Vaccination in the Punjab 1883-1896 - 1883-1896
Year: 1883
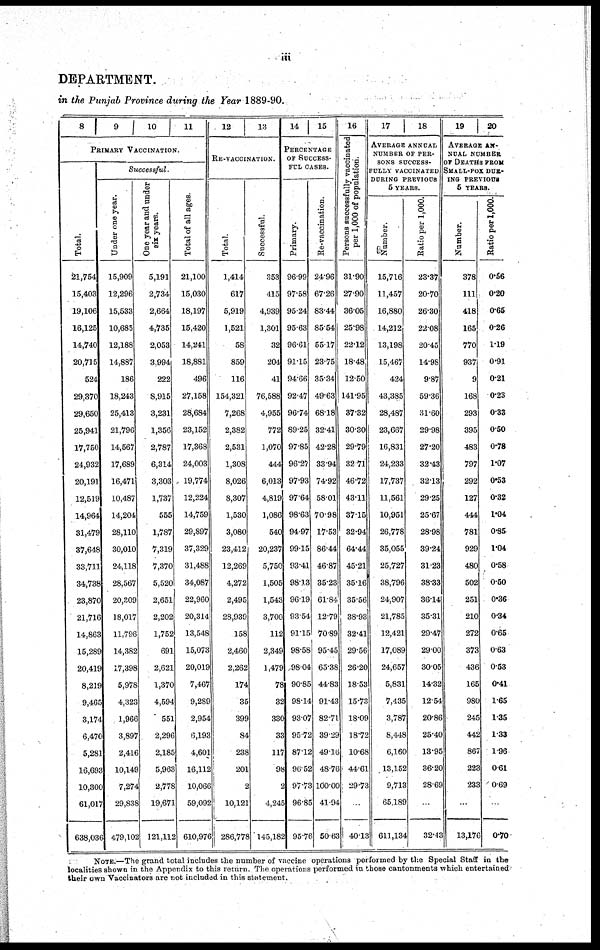
iii
DEPARTMENT.
in the Punjab Province during the Year 1889-90.
8 9 10 11
PRIMARY VACCINATION.
Total.
21,754
15,403
19,106
16,125
14,740
20,715
524
29,370
29,650
25,941
17,750
24,932
20,191
12,519
14,964
31,479
37,648
33,711
34,738
23,870
21,716
14,863
15,289
20,419
8,219
9,465
3,174
6,470
5,281
16,693
10,300
61,017
638,036
Successful.
Under one year.
15,909
12,296
15,533
10,685
12,188
14,887
186
18,243
25,413
21,796
14,567
17,689
16,471
10,487
14,204
28,110
30,010
24,118
28,567
20,309
18,017
11,796
14,382
17,398
5,978
4,323
1,966
3,897
2,416
10,149
7,274
29,838
479,105
One year and under
six years.
5,191
2,734
2,664
4,735
2,053
3,994
222
8,915
3,231
1,356
2,787
6,314
3,303
1,737
555
1,787
7,319
7,370
5,520
2,651
2,202
1,752
691
2,621
1,370
4,594
551
2,296
2,185
5,963
2,778
19,671
121,112
Total of all ages.
21,100
15,030
18,197
15,420
14,241
18,881
496
27,158
28,684
23,152
17,368
24,003
19,774
12,224
14,759
29,897
37,329
31,488
34,087
22,960
20,314
13,548
15,073
20,019
7,467
9,289
2,954
6,193
4,601
16,112
10,066
59,092
610,976
12
13
RE-VACCINATION.
Total.
1,414
617
5,919
1,521
58
859
116
154,321
7,268
2,382
2,531
1,308
8,026
8,307
1,530
3,080
23,412
12,269
4,272
2,495
28,939
158
2,460
2,262
174
35
399
84
238
201
2
10,121
286,778
Successful.
353
415
4,939
1,301
32
204
41
76,588
4,955
772
1,070
444
6,013
4,819
1,086
540
20,237
5,750
1,505
1,543
3,700
112
2,349
1,479
78
32
330
33
117
98
2
4,245
145,182
14 15
PERCENTAGE
OF SUCCESS-
--- CASES.
Primary.
96.99
97.58
95.24
95.63
96.61
91.15
94.66
92.47
96.74
89.25
97.85
96.27
97.93
97.64
98.63
94.97
99.15
93.41
98.13
96.19
93.54
91.15
98.58
98.04
90.85
98.14
93.07
95.72
87.12
96.52
97.73
96.85
95.76
Re-vaccination.
24.96
67.26
83.44
85.54
55.17
23.75
35.34
49.63
68.18
32.41
42.28
33.94
74.92
58.01
70.98
17.53
86.44
46.87
35.23
61.84
12.79
70.89
95.45
65.38
44.83
91.43
82.71
39.29
49.16
48.76
100.00
41.94
50.63
16
Persons successfully vaccinated
per 1,000 of population.
31.90
27.90
36.05
25.98
22.12
18.48
12.50
141.95
37.32
30.30
29.79
32.71
46.72
43.11
37.15
32.94
64.44
45.21
35.16
35.56
38.93
32.41
29.56
26.20
18.53
15.73
18.09
18.72
10.68
44.61
29.73
..
40.13
17
18
AVERAGE ANNUAL
NUMBER OF PER-
---- SUCCESS-
FULLY VACCINATED
DURING PREVIOUS
5 YEARS.
Number.
15,716
11,457
16,880
14,212
13,198
15,467
424
43,385
28,487
23,667
16,831
24,233
17,737
11,561
10,951
26,778
35,055
25,727
38,796
24,907
21,785
12,421
17,089
24,657
5,831
7,435
3,787
8,448
6,160
13,152
9,713
65,189
611,134
Ratio per 1,000.
23.37
20.70
26.30
22.08
20.45
14.98
9.87
59.36
31.60
29.98
27.20
32.43
32.13
29.25
25.67
28.98
39.24
31.23
38.33
36.14
35.31
29.47
29.00
30.05
14.32
12.54
20.86
25.40
13.95
36.20
28.69
32.43
19
20
AVERAGE AN-
---- NUMBER
OF DEATHS FROM
SMALL-POX DUR-
--- PREVIOUS
5 YEARS.
Number.
378
111
418
165
770
937
9
168
293
395
483
797
292
127
444
781
929
480
502
251
210
272
373
436
165
980
245
442
867
223
233
13,176
Ratio per 1,000.
0.56
0.20
0.65
0.26
1.19
0.91
0.21
0.23
0.33
0.50
0.78
1.07
0.53
0.32
1.04
0.85
1.04
0.58
0.50
0.36
0.34
0.65
0.63
0.53
0.41
1.65
1.35
1.33
1.96
0.61
0.69
0.70
NOTE.—The grand total includes the number of vaccine operations performed by the Special Staff in the
localities shown in the Appendix to this return. The operations performed in those cantonments which entertained
their own Vaccinators are not included in this statement.